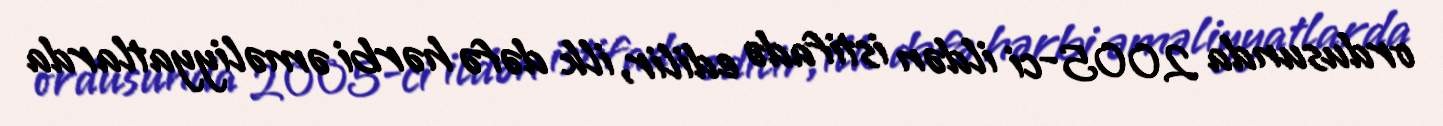
ordusunda 2005-ci ildən istifadə edilir, ilk dəfə hərbi əməliyyatlarda